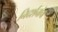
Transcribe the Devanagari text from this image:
निदर्शनांचा